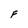
Character: F